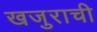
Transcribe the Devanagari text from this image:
खजुराची